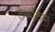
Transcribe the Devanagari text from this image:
लैम्बलिया